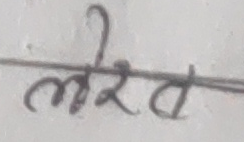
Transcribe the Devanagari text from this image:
लेरेत